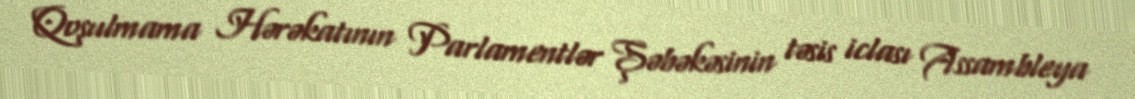
Qoşulmama Hərəkatının Parlamentlər Şəbəkəsinin təsis iclası Assambleya